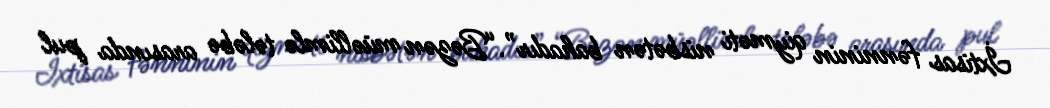
İxtisas fənninin qiyməti nisbətən bahadır”.“Bəzən müəllimlə tələbə arasında pul